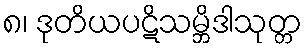
၈၊ ဒုတိယပဋိသမ္ဘိဒါသုတ္တ